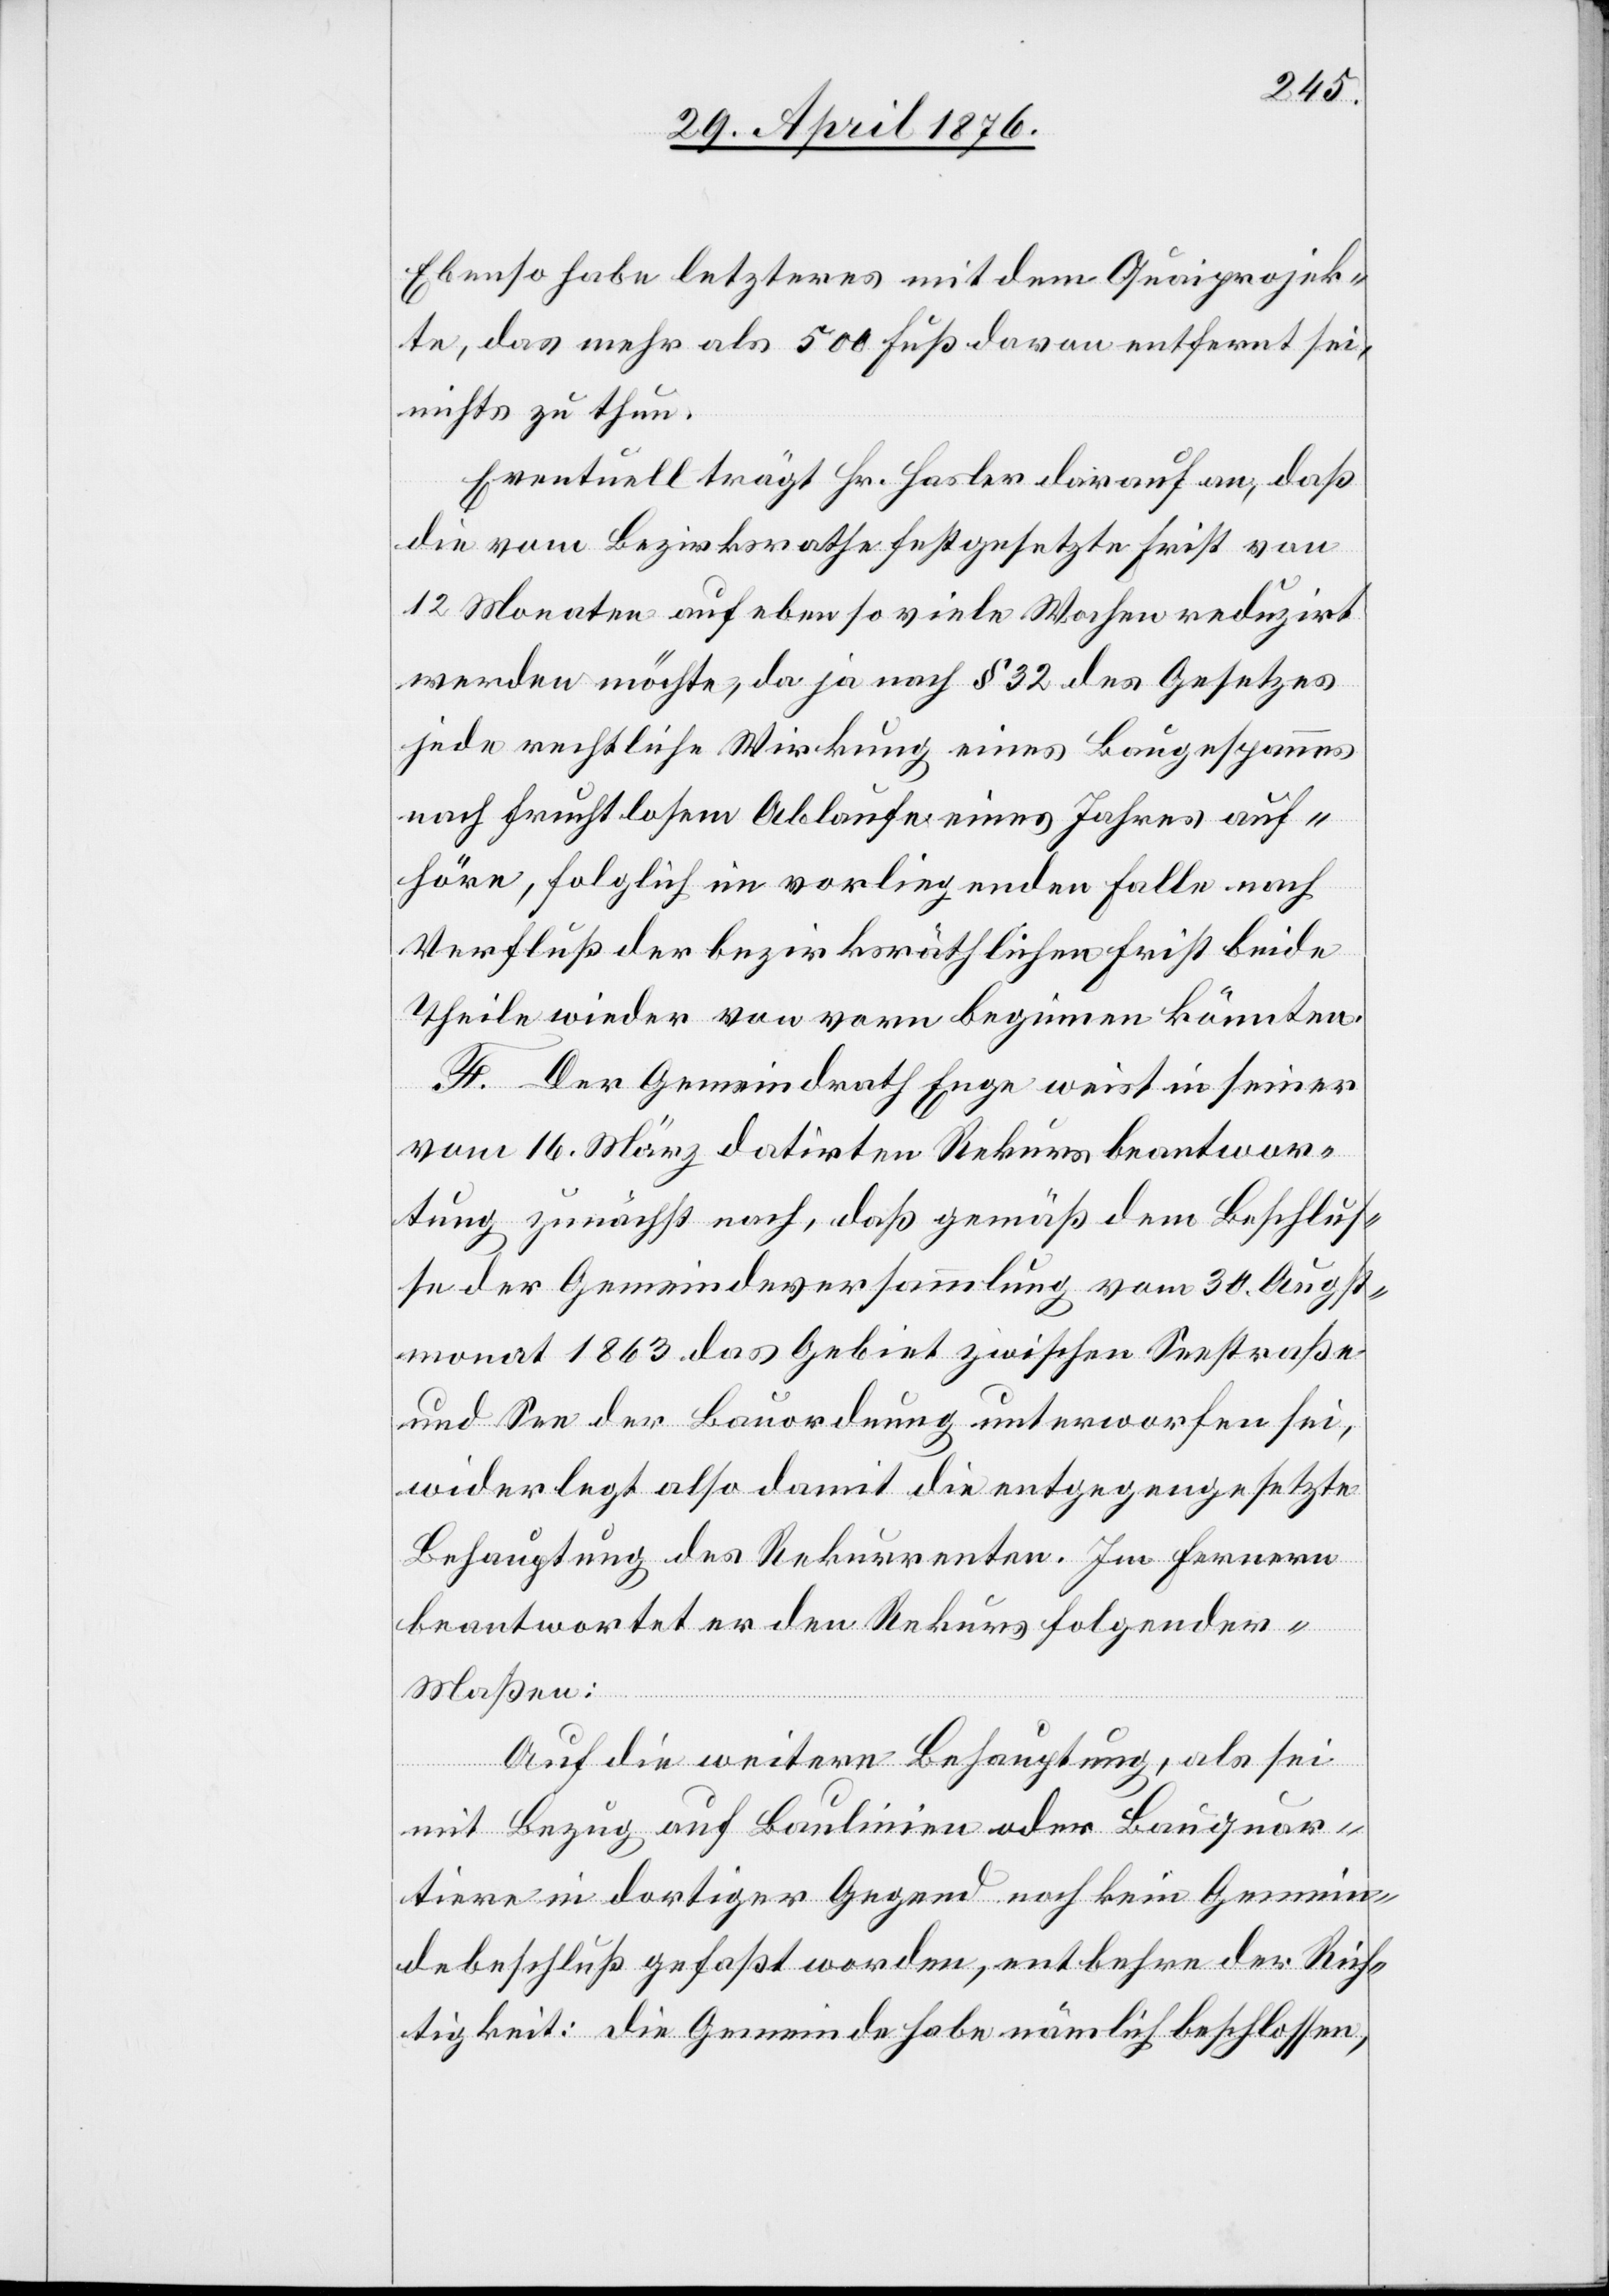
Ebenso habe letzteres mit dem Quaiprojek¬
te, das mehr als 500 Fuß davon entfernt sei,
nichts zu thun.
Eventuell trägt Hr. Hasler darauf an, daß
die vom Bezirksrathe festgesetzte Frist von
12 Monaten auf eben so viele Wochen reduzirt
werden möchte, da nach § 32 des Gesetzes
jede rechtliche Wirkung eines Baugespannes
nach fruchtlosem Ablaufe eines Jahres auf¬
höre, folglich im vorliegenden Falle nach
Verfluß der bezirksräthlichen Frist beide
Theile wieder von vorn beginnen könnten.
F. Der Gemeindrath Enge weist in seiner
vom 16. März datirten Rekursbeantwor¬
tung zunächst nach, daß gemäß dem Beschlus¬
se der Gemeindeversammlung vom 30. Augst¬
monat 1863 das Gebiet zwischen Seestraße
und See der Bauordnung unterworfen sei,
widerlegt also damit die entgegengesetzte
Behauptung des Rekurrenten. Im Fernern
beantwortet er den Rekurs folgender
Maßen:
[sic!] die weitere Behauptung, als sei
mit Bezug auf Baulinien oder Bauquar¬
tiere in dortiger Gegend noch kein Gemein¬
debeschluß gefaßt worden, entbehre der Rich¬
tigkeit: die Gemeinde habe nämlich beschlossen,